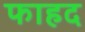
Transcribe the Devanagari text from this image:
फाहद